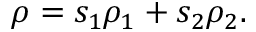
\begin{array} { r } { \rho = s _ { 1 } \rho _ { 1 } + s _ { 2 } \rho _ { 2 } . } \end{array}